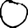
Digit: 0